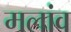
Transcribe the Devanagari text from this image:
मलांव